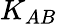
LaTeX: K_{AB}